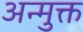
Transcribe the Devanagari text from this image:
अन्मुक्त